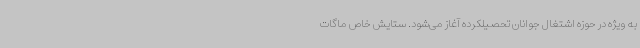
به ویژه در حوزه اشتغال جوانان تحصیلکرده آغاز می‌شود. ستایش خاص ماگات